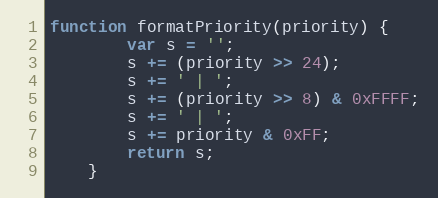
Language: JavaScript
function formatPriority(priority) {
        var s = '';
        s += (priority >> 24);
        s += ' | ';
        s += (priority >> 8) & 0xFFFF;
        s += ' | ';
        s += priority & 0xFF;
        return s;
    }